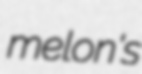
melon's